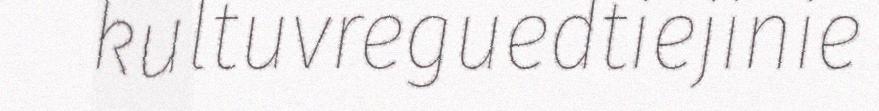
kultuvreguedtiejinie